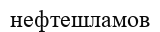
нефтешламов